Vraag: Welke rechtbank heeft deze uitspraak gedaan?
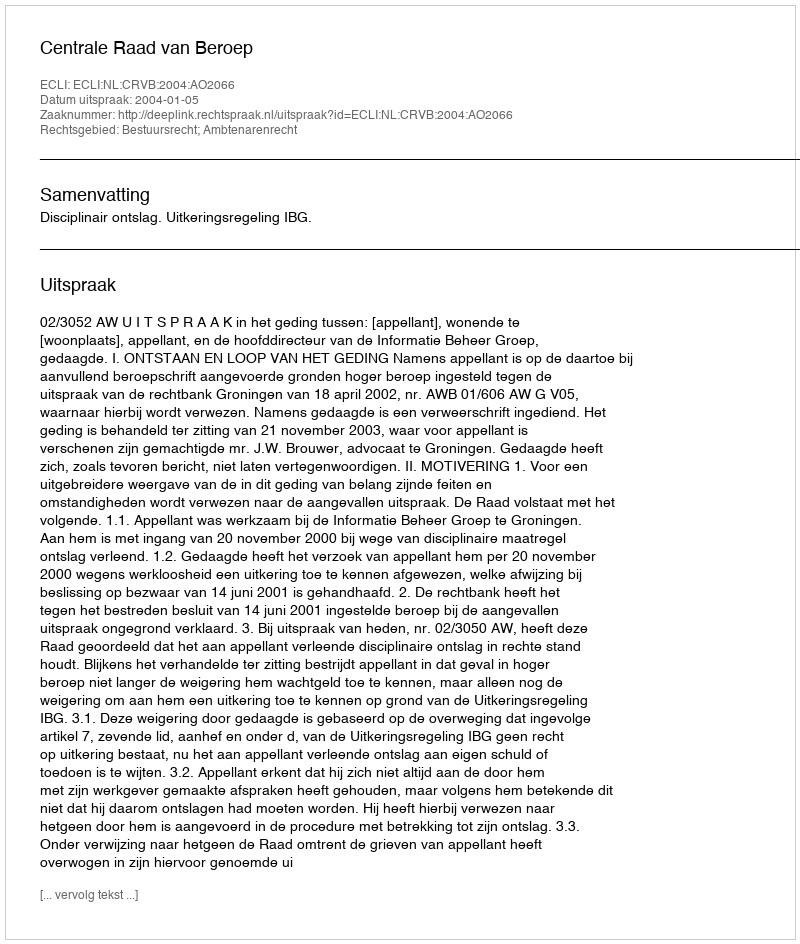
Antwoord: Centrale Raad van Beroep